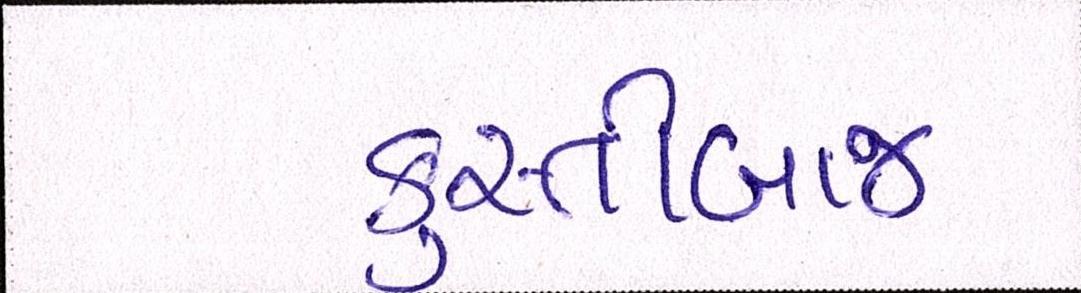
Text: કુસ્તીબાજ